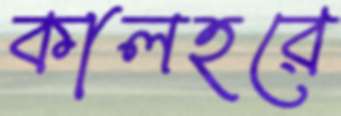
কালহরে